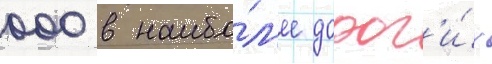
000 в наибо́л'ее дорог'и́х